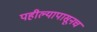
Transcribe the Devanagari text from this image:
पहील्यापासूनच